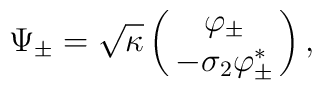
\Psi_\pm=\sqrt{\kappa}\left(\matrix{\varphi_\pm\cr     -\sigma_2\varphi_\pm^\ast\cr}\right),